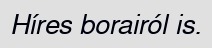
Híres borairól is.